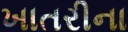
ખાતરીના